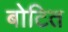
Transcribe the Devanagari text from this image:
बोटित